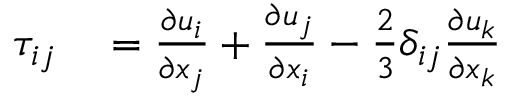
\begin{array} { r l } { \tau _ { i j } } & { { } = \frac { \partial u _ { i } } { \partial x _ { j } } + \frac { \partial u _ { j } } { \partial x _ { i } } - \frac { 2 } { 3 } \delta _ { i j } \frac { \partial u _ { k } } { \partial x _ { k } } } \end{array}